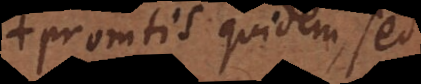
promtis quidem, sed